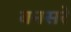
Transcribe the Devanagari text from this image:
बनसरे